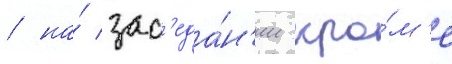
/ на́ зас'еда́н'ии кро́м'е